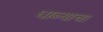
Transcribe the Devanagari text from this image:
धाब्याचा